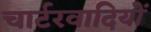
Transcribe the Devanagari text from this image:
चार्टरवादियों